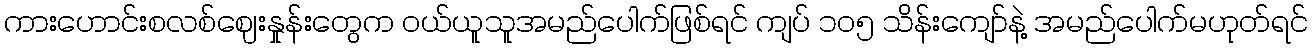
ကားဟောင်းစလစ်ဈေးနှုန်းတွေက ဝယ်ယူသူအမည်ပေါက်ဖြစ်ရင် ကျပ် ၁၀၅ သိန်းကျော်နဲ့ အမည်ပေါက်မဟုတ်ရင်